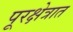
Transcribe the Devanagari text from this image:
पूरक्षेत्रात